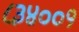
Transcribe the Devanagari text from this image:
८३४००१